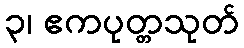
၃၊ ဧကပုတ္တသုတ်